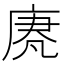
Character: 𫷵